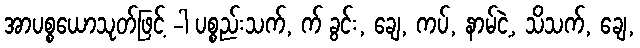
အာပစ္စယောသုတ်ဖြင့် -ါ ပစ္စည်းသက်, က် ခွင်း, ချေ, ကပ်, နာမ်ငဲ့, သိသက်, ချေ,